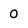
Character: O